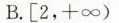
B.[2，+∞)